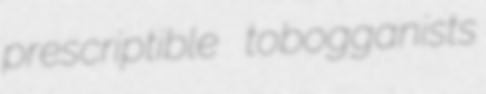
prescriptible tobogganists